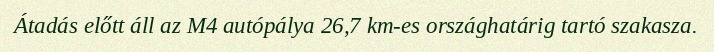
Átadás előtt áll az M4 autópálya 26,7 km-es országhatárig tartó szakasza.